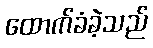
ထောက်ခံခဲ့သည်